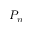
P _ { n }